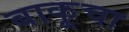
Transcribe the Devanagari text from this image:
बाकूचा